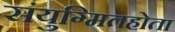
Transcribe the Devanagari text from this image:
संयुग्मितहोता